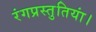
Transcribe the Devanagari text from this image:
रंगप्रस्तुतियां।